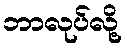
ဘာလုပ်လို့